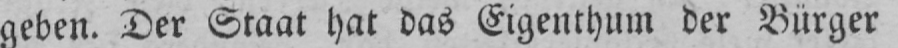
geben. Der Staat hat das Eigenthum der Bürger